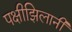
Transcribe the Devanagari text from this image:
पक्षीझिलानी